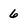
Character: 6